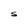
Character: S